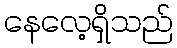
နေလေ့ရှိသည်